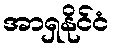
အာရှနိုင်ငံ